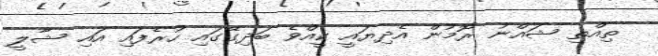
ތިއްތި ޝައްނު ރޮމުން އެދިޔައީ ކީއްވެ ބަދިގޭގައި ހުރެފައި އައި ޝާލީ